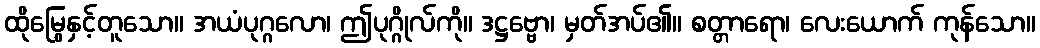
ထိုမြွေနှင့်တူသော။ အယံပုဂ္ဂလော၊ ဤပုဂ္ဂိုလ်ကို။ ဒဋ္ဌဗ္ဗော၊ မှတ်အပ်၏။ စတ္တာရော၊ လေးယောက် ကုန်သော။